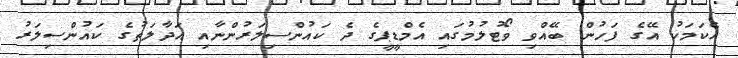
އެކަމަކު އޭގެ ފަހުން ބޭއްވި ވޯޓުލުމުގައި އެމްޑީޕީގެ ދެ ކައުންސިލަރުންނާއި އަދާލަތުގެ ކައުންސިލަރު